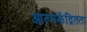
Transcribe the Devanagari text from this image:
आत्मकेंद्रितता